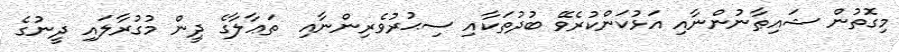
މިގޮތުން ޝައިޠާނުންނާއި އަޅުކަންކުރެވޭ ބުދުތަކާއި ސިޙުރުވެރިންނާއި  ތަޢާލާގެ ދީން މުގުރާލައި ދީނުގެ